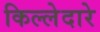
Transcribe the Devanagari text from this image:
किल्लेदारे